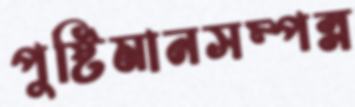
পুষ্টিমানসম্পন্ন